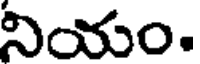
నియం.